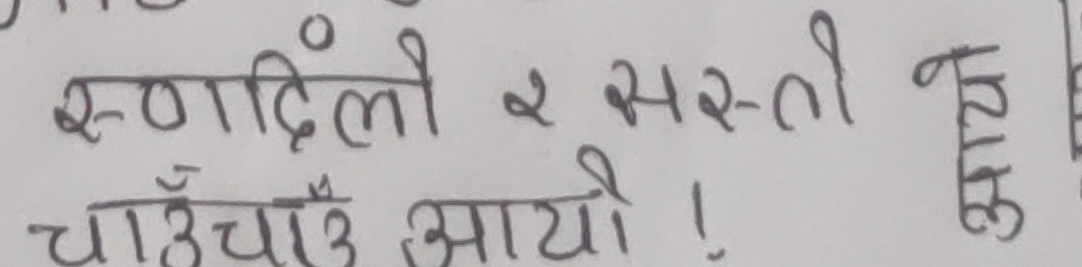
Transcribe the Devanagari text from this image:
रूवांगिलो र सस्तो
चाउचाउ आयो !